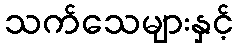
သက်သေများနှင့်